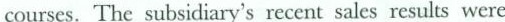
courses. The subsidiary's recent sales results were